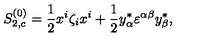
S _ { 2 , c } ^ { ( 0 ) } = { \frac { 1 } { 2 } } x ^ { i } \zeta _ { i } x ^ { i } + { \frac { 1 } { 2 } } y _ { \alpha } ^ { * } \varepsilon ^ { \alpha \beta } y _ { \beta } ^ { * } ,